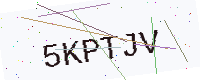
Text: 5KPTJV